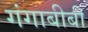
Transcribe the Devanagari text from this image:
गंगाबीबी